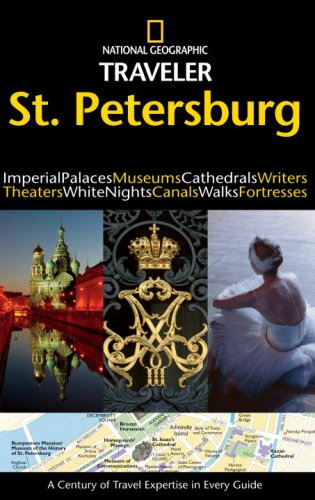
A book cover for National Geographic Traveler: St. Petersburg; Jeremy Howard; Travel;